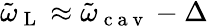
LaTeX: \tilde{\omega}_{\mathrm{~L~}}\approx\tilde{\omega}_{\mathrm{~c~a~v~}}-\Delta